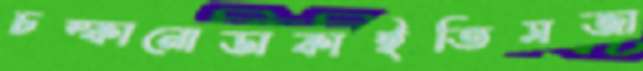
চম্‌কানোডাকাইতিসজা